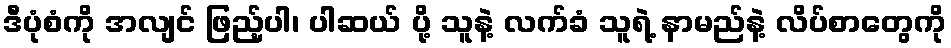
ဒီပုံစံကို အလျင် ဖြည့်ပါ၊ ပါဆယ် ပို့ သူနဲ့ လက်ခံ သူရဲ့ နာမည်နဲ့ လိပ်စာတွေကို